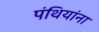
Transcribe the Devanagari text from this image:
पंथियांना